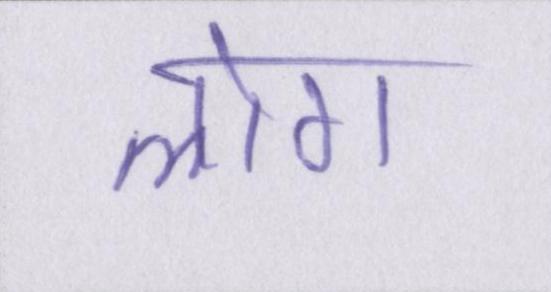
लोग